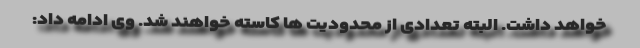
خواهد داشت. البته تعدادی از محدودیت ها کاسته خواهند شد. وی ادامه داد: